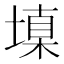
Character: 𰊝